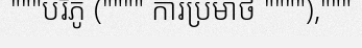
"""បរិភូ ("""" ការប្រមាថ """"),"""